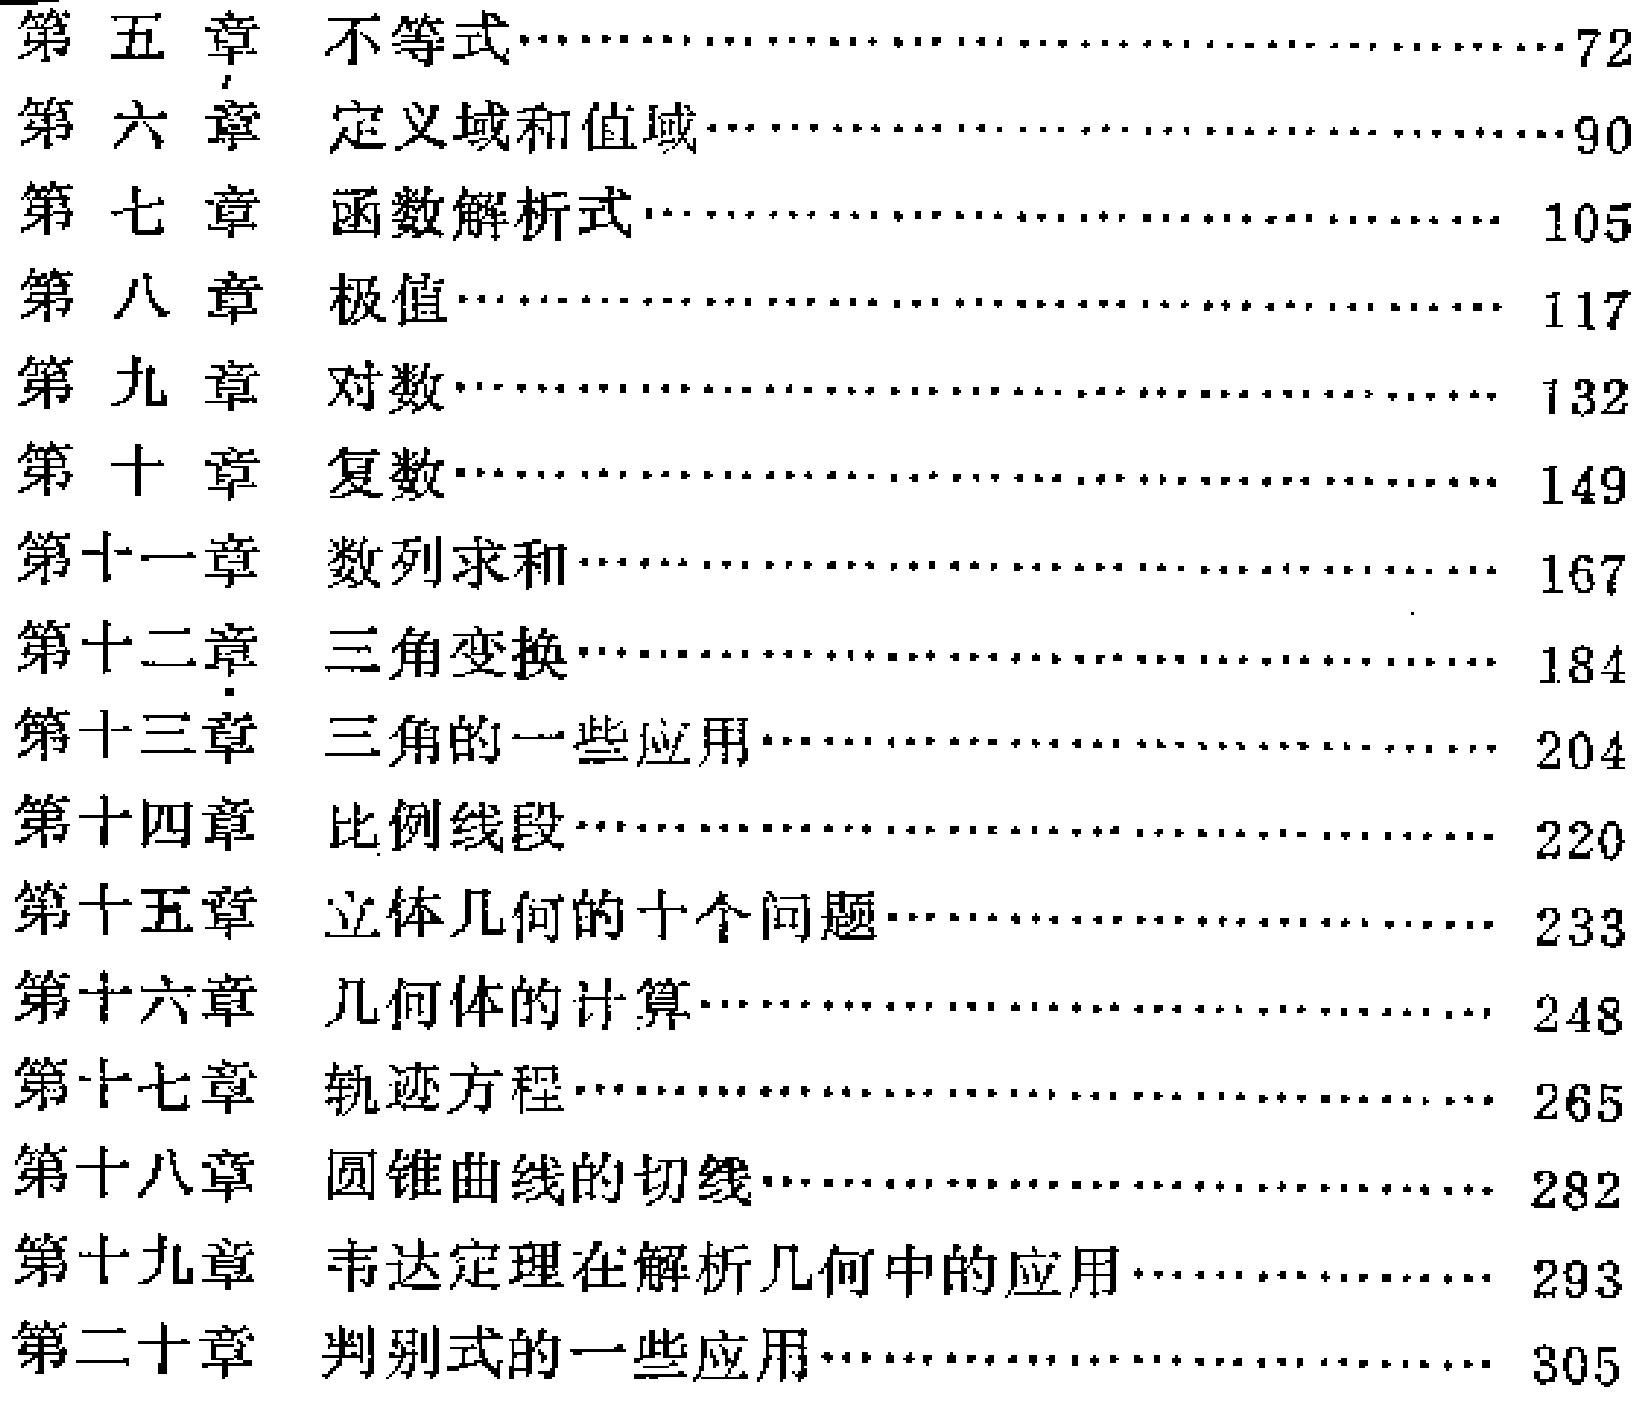
第五章 不等式......................................72

第六章 定义域和值域................................90

第七章 函数解析式................................ 105

第八章 极值........................................117

第九章 对数........................................132

第十章 复数........................................149

第十一章 数列求和..................................167

第十二章 三角变换..................................184

第十三章 三角的一些应用..............................204

第十四章 比例线段..................................220

第十五章 立体几何的十个问题..........................233

第十六章 几何体的计算.................................248

第十七章 轨迹方程..................................265

第十八章 圆锥曲线的切线..............................282

第十九章 韦达定理在解析几何中的应用..................293

第二十章 判别式的一些应用............................305